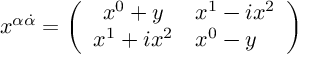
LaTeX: x ^ { \alpha { \dot { \alpha } } } = \left( \begin{array} { c l } { { x ^ { 0 } + y } } & { { x ^ { 1 } - i x ^ { 2 } } } \\ { { x ^ { 1 } + i x ^ { 2 } } } & { { x ^ { 0 } - y } } \end{array} \right)